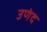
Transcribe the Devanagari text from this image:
उणंद